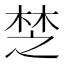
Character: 椘